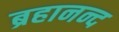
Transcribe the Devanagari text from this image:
ब्रहानन्द